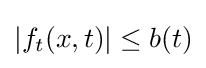
|f_{t}(x,t)|\leq b(t)